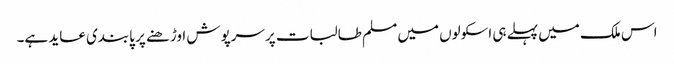
اس ملک میں پہلے ہی اسکولوں میں مسلم طالبات پرسرپوش اوڑھنے پر پابندی عاید ہے۔